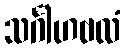
သင်္ဂါဟဗလံ